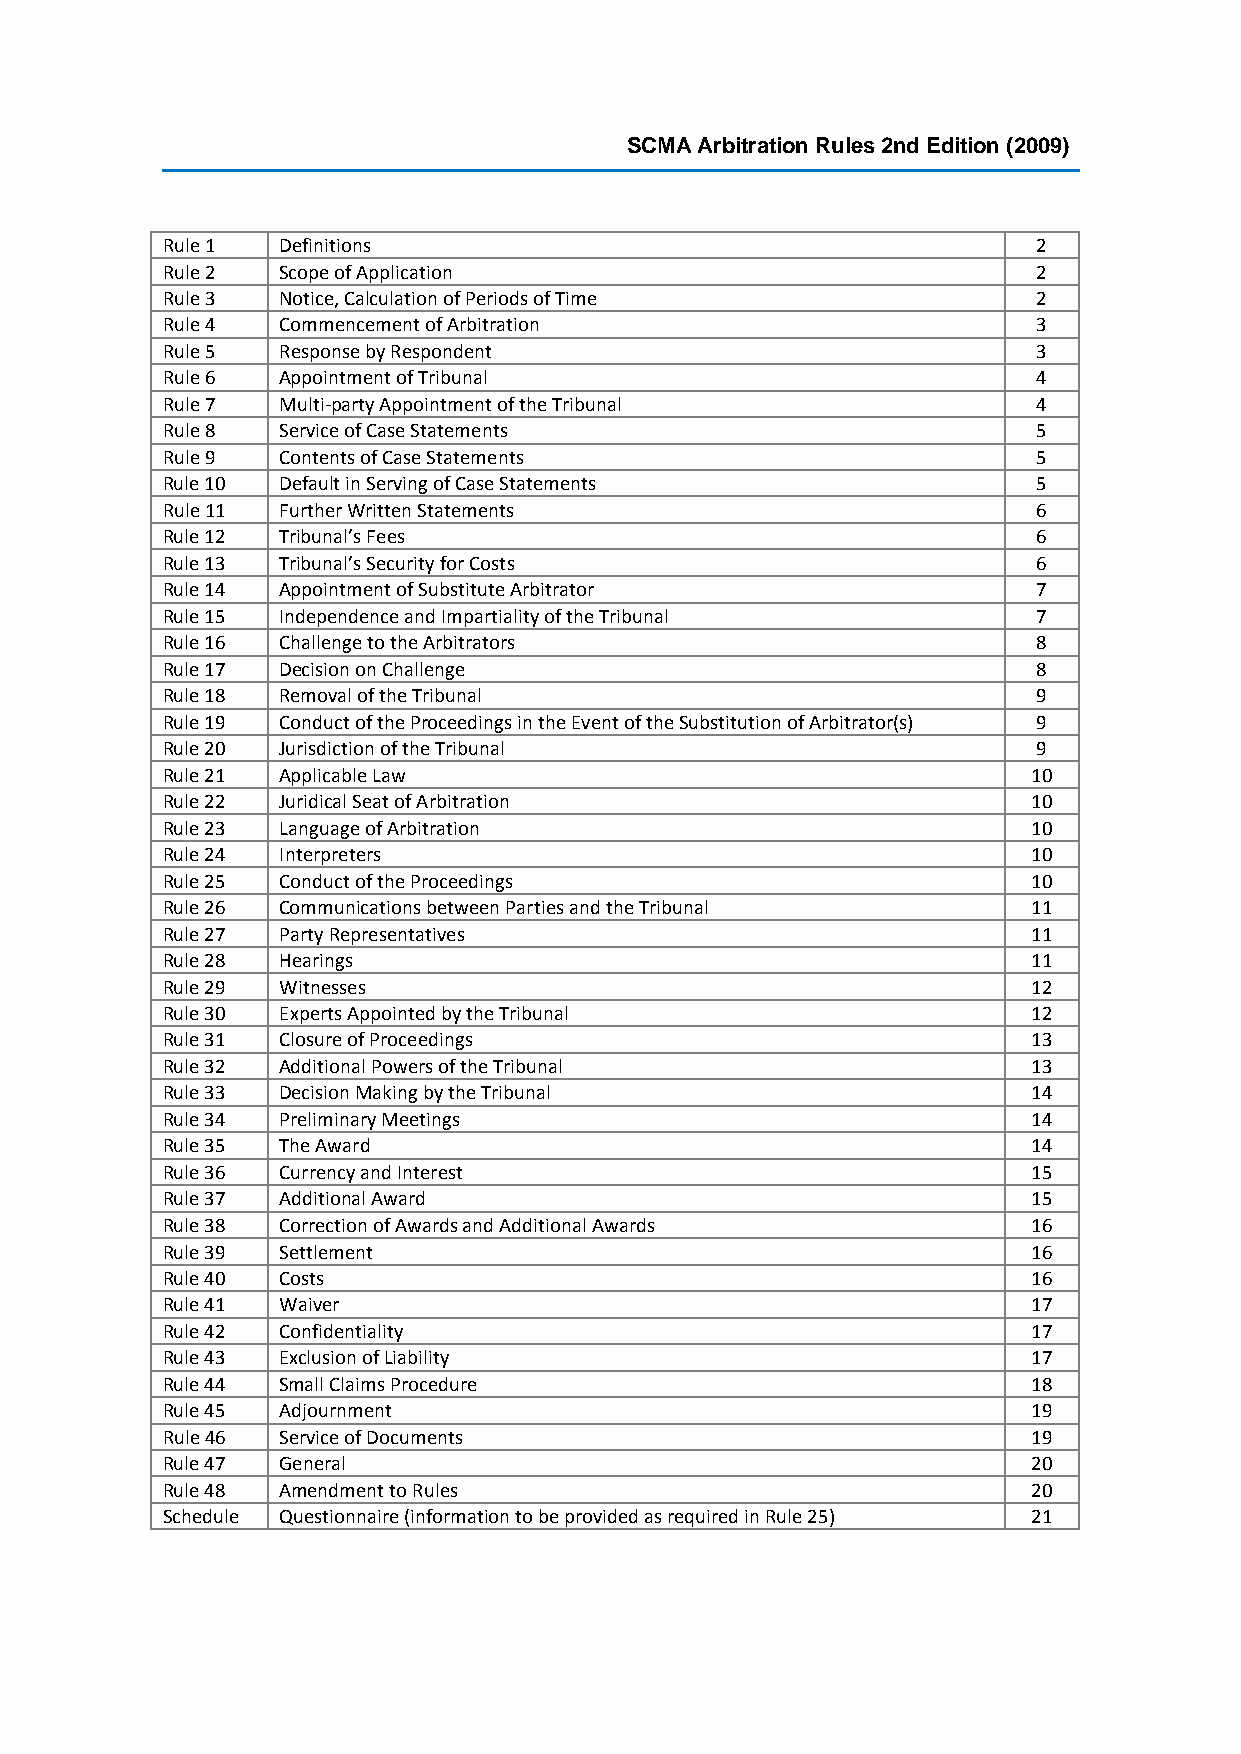
SCMA Arbitration Rules 2nd Edition (2009)
 Rule 1 Definitions                                        2
 Rule 2 Scope of Application                               2
 Rule 3 Notice, Calculation of Periods of Time             2
 Rule 4 Commencement of Arbitration                        3
 Rule 5 Response by Respondent                             3
 Rule 6 Appointment of Tribunal                            4
 Rule 7 Multi-party Appointment of the Tribunal            4
 Rule 8 Service of Case Statements                         5
 Rule 9 Contents of Case Statements                        5
 Rule 10 Default in Serving of Case Statements             5
 Rule 11 Further Written Statements                        6
 Rule 12 Tribunal’s Fees                                   6
 Rule 13 Tribunal’s Security for Costs                     6
 Rule 14 Appointment of Substitute Arbitrator              7
 Rule 15 Independence and Impartiality of the Tribunal     7
 Rule 16 Challenge to the Arbitrators                      8
 Rule 17 Decision on Challenge                             8
 Rule 18 Removal of the Tribunal                           9
 Rule 19 Conduct of the Proceedings in the Event of the Substitution of Arbitrator(s) 9
 Rule 20 Jurisdiction of the Tribunal                      9
 Rule 21 Applicable Law                                   10
 Rule 22 Juridical Seat of Arbitration                    10
 Rule 23 Language of Arbitration                          10
 Rule 24 Interpreters                                     10
 Rule 25 Conduct of the Proceedings                       10
 Rule 26 Communications between Parties and the Tribunal  11
 Rule 27 Party Representatives                            11
 Rule 28 Hearings                                         11
 Rule 29 Witnesses                                        12
 Rule 30 Experts Appointed by the Tribunal                12
 Rule 31 Closure of Proceedings                           13
 Rule 32 Additional Powers of the Tribunal                13
 Rule 33 Decision Making by the Tribunal                  14
 Rule 34 Preliminary Meetings                             14
 Rule 35 The Award                                        14
 Rule 36 Currency and Interest                            15
 Rule 37 Additional Award                                 15
 Rule 38 Correction of Awards and Additional Awards       16
 Rule 39 Settlement                                       16
 Rule 40 Costs                                            16
 Rule 41 Waiver                                           17
 Rule 42 Confidentiality                                  17
 Rule 43 Exclusion of Liability                           17
 Rule 44 Small Claims Procedure                           18
 Rule 45 Adjournment                                      19
 Rule 46 Service of Documents                             19
 Rule 47 General                                          20
 Rule 48 Amendment to Rules                               20
 Schedule Questionnaire (information to be provided as required in Rule 25) 21